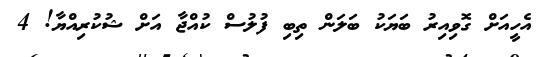
އެހީއަށް ގޮވިއިރު ބަޔަކު ބަލަން ތިބި ފުލުސް ކުއްޖާ އަށް ޝުކުރިއްޔާ! 4